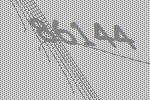
86144